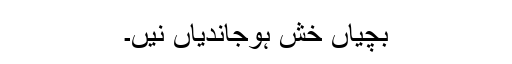
بچیاں خش ہوجاندیاں نیں۔